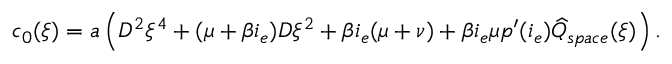
c _ { 0 } ( \xi ) = a \left( D ^ { 2 } \xi ^ { 4 } + ( \mu + \beta i _ { e } ) D \xi ^ { 2 } + \beta i _ { e } ( \mu + \nu ) + \beta i _ { e } \mu p ^ { \prime } ( i _ { e } ) \widehat { Q } _ { s p a c e } ( \xi ) \right) .